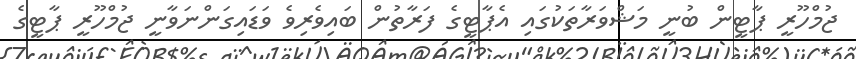
ޖުމްހޫރީ ޕާޓީން ބުނީ މަޝްވަރާތަކުގައި އެޕާޓީގެ ފަރާތުން ބައިވެރިވެ ވަޑައިގަންނަވާނީ ޖުމްހޫރީ ޕާޓީގެ